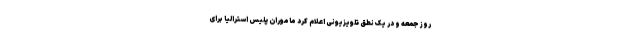
روز جمعه و در یک نطق تلویزیونی اعلام کرد ماموران پلیس استرالیا برای